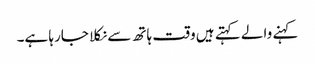
کہنے والے کہتے ہیں وقت ہاتھ سے نکلا جارہا ہے۔